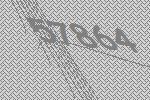
57864